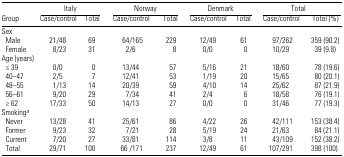
<table><thead><tr><td></td><td colspan="2"><b>Italy</b></td><td colspan="2"><b>Norway</b></td><td colspan="2"><b>Denmark</b></td><td colspan="2"><b>Total</b></td></tr><tr><td><b>Group</b></td><td><b>Case/control</b></td><td><b>Total</b></td><td><b>Case/control</b></td><td><b>Total</b></td><td><b>Case/control</b></td><td><b>Total</b></td><td><b>Case/control</b></td><td><b>Total (%)</b></td></tr></thead><tbody><tr><td colspan="9">Sex</td></tr><tr><td> Male</td><td>21/48</td><td>69</td><td>64/165</td><td>229</td><td>12/49</td><td>61</td><td>97/262</td><td>359 (90.2)</td></tr><tr><td> Female</td><td>8/23</td><td>31</td><td>2/6</td><td>8</td><td>0/0</td><td>0</td><td>10/29</td><td>39 (9.8)</td></tr><tr><td colspan="9">Age (years)</td></tr><tr><td> ≤ 39</td><td>0/0</td><td>0</td><td>13/44</td><td>57</td><td>5/16</td><td>21</td><td>18/60</td><td>78 (19.6)</td></tr><tr><td> 40–47</td><td>2/5</td><td>7</td><td>12/41</td><td>53</td><td>1/19</td><td>20</td><td>15/65</td><td>80 (20.1)</td></tr><tr><td> 48–55</td><td>1/13</td><td>14</td><td>20/39</td><td>59</td><td>4/10</td><td>14</td><td>25/62</td><td>87 (21.9)</td></tr><tr><td> 56–61</td><td>9/20</td><td>29</td><td>7/34</td><td>41</td><td>2/4</td><td>6</td><td>18/58</td><td>76 (19.1)</td></tr><tr><td> ≥ 62</td><td>17/33</td><td>50</td><td>14/13</td><td>27</td><td>0/0</td><td>0</td><td>31/46</td><td>77 (19.3)</td></tr><tr><td colspan="9">Smokinga</td></tr><tr><td> Never</td><td>13/28</td><td>41</td><td>25/61</td><td>86</td><td>4/22</td><td>26</td><td>42/111</td><td>153 (38.4)</td></tr><tr><td> Former</td><td>9/23</td><td>32</td><td>7/21</td><td>28</td><td>5/19</td><td>24</td><td>21/63</td><td>84 (21.1)</td></tr><tr><td> Current</td><td>7/20</td><td>27</td><td>33/81</td><td>114</td><td>3/8</td><td>11</td><td>43/109</td><td>152 (38.2)</td></tr><tr><td> Total</td><td>29/71</td><td>100</td><td>66/171</td><td>237</td><td>12/49</td><td>61</td><td>107/291</td><td>398 (100)</td></tr></tbody></table>